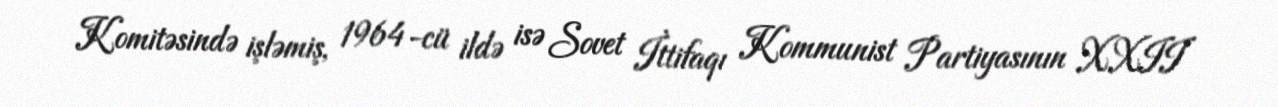
Komitəsində işləmiş, 1964-cü ildə isə Sovet İttifaqı Kommunist Partiyasının XXII